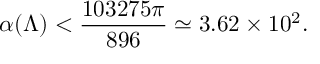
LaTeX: \alpha ( \Lambda ) < { \frac { 1 0 3 2 7 5 \pi } { 8 9 6 } } \simeq 3 . 6 2 \times 1 0 ^ { 2 } .